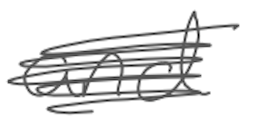
Text: and
Cross-out: scratch
Writing tool: digital_gray